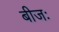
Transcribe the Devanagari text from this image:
बीजः